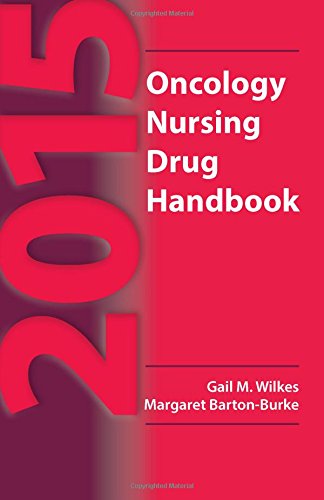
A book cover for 2015 Oncology Nursing Drug Handbook; Gail M. Wilkes; Medical Books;